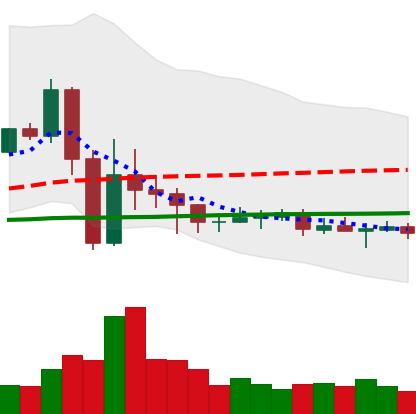
Ticker: EOS-USD
Chart end date: 2020-09-18
Forward return: -9.169%
Label: down_7plus